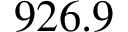
9 2 6 . 9